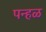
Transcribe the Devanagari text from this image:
पन्हळ